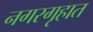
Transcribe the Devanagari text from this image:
नगरगृहात